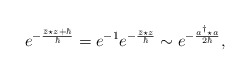
\begin{align*}e^{-\frac{\bar z \star z +\hbar}{\hbar}}=e^{-1}e^{-\frac{\bar z \star z}{\hbar}} \sim e^{-\frac{a^\dagger \star a}{2\hbar}},\end{align*}